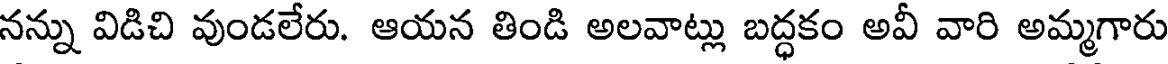
నన్ను విడిచి వుండలేరు. ఆయన తిండి అలవాట్లు బద్ధకం అవీ వారి అమ్మగారు